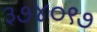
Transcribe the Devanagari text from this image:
३७४०९७